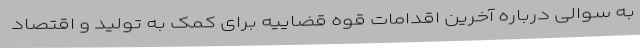
به سوالی درباره آخرین اقدامات قوه قضاییه برای کمک به تولید و اقتصاد